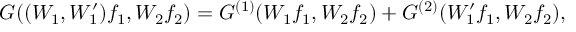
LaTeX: G ( ( W _ { 1 } , W _ { 1 } ^ { \prime } ) f _ { 1 } , W _ { 2 } f _ { 2 } ) = G ^ { ( 1 ) } ( W _ { 1 } f _ { 1 } , W _ { 2 } f _ { 2 } ) + G ^ { ( 2 ) } ( W _ { 1 } ^ { \prime } f _ { 1 } , W _ { 2 } f _ { 2 } ) ,